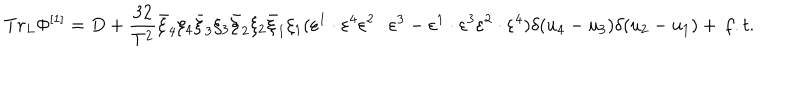
LaTeX: T r _ { L } \Phi ^ { \left[ 1 \right] } = D + \frac { { 3 2 } } { { T ^ { 2 } } } \bar { \xi } _ { 4 } \xi _ { 4 } \bar { \xi } _ { 3 } \xi _ { 3 } \bar { \xi } _ { 2 } \xi _ { 2 } \bar { \xi } _ { 1 } \xi _ { 1 } ( \varepsilon ^ { 1 } \cdot \varepsilon ^ { 4 } \varepsilon ^ { 2 } \cdot \varepsilon ^ { 3 } - \varepsilon ^ { 1 } \cdot \varepsilon ^ { 3 } \varepsilon ^ { 2 } \cdot \varepsilon ^ { 4 } ) \delta ( u _ { 4 } - u _ { 3 } ) \delta ( u _ { 2 } - u _ { 1 } ) + \, f . t .